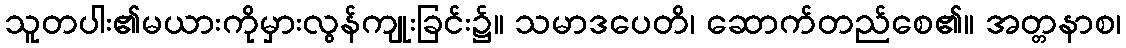
သူတပါး၏မယားကိုမှားလွန်ကျုးခြင်း၌။ သမာဒပေတိ၊ ဆောက်တည်စေ၏။ အတ္တနာစ၊